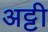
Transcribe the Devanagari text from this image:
अट्टी